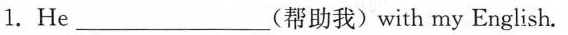
1.He___(帮助我)with my English.